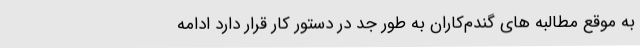
به موقع مطالبه های گندم‌کاران به طور جد در دستور کار قرار دارد ادامه